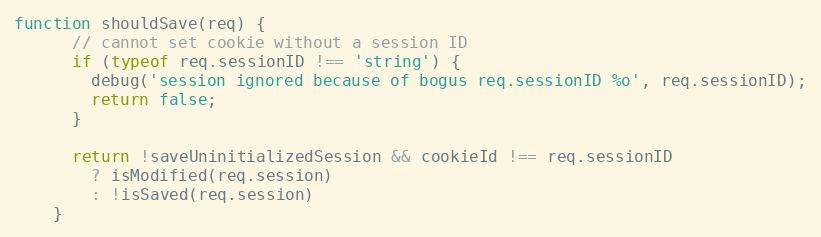
Language: JavaScript
function shouldSave(req) {
      // cannot set cookie without a session ID
      if (typeof req.sessionID !== 'string') {
        debug('session ignored because of bogus req.sessionID %o', req.sessionID);
        return false;
      }

      return !saveUninitializedSession && cookieId !== req.sessionID
        ? isModified(req.session)
        : !isSaved(req.session)
    }